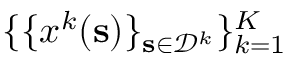
\{ \{ \boldsymbol { x } ^ { k } ( \mathbf { s } ) \} _ { \mathbf { s } \in \mathcal { D } ^ { k } } \} _ { k = 1 } ^ { K }